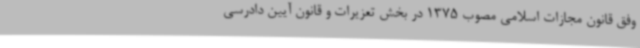
وفق قانون مجازات اسلامی مصوب 1375 در بخش تعزیرات و قانون آیین دادرسی